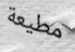
مطيعة